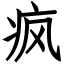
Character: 疯